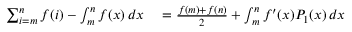
\begin{array} { r l } { \sum _ { i = m } ^ { n } f ( i ) - \int _ { m } ^ { n } f ( x ) \, d x } & { { } = { \frac { f ( m ) + f ( n ) } { 2 } } + \int _ { m } ^ { n } f ^ { \prime } ( x ) P _ { 1 } ( x ) \, d x } \end{array}